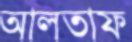
আলতাফ